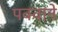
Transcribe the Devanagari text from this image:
पक्वाने